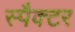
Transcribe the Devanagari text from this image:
स्पैक्टर